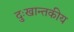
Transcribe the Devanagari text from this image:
दुःखान्तकीय